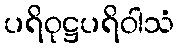
ပရိဝုဋ္ဌပရိဝါသံ